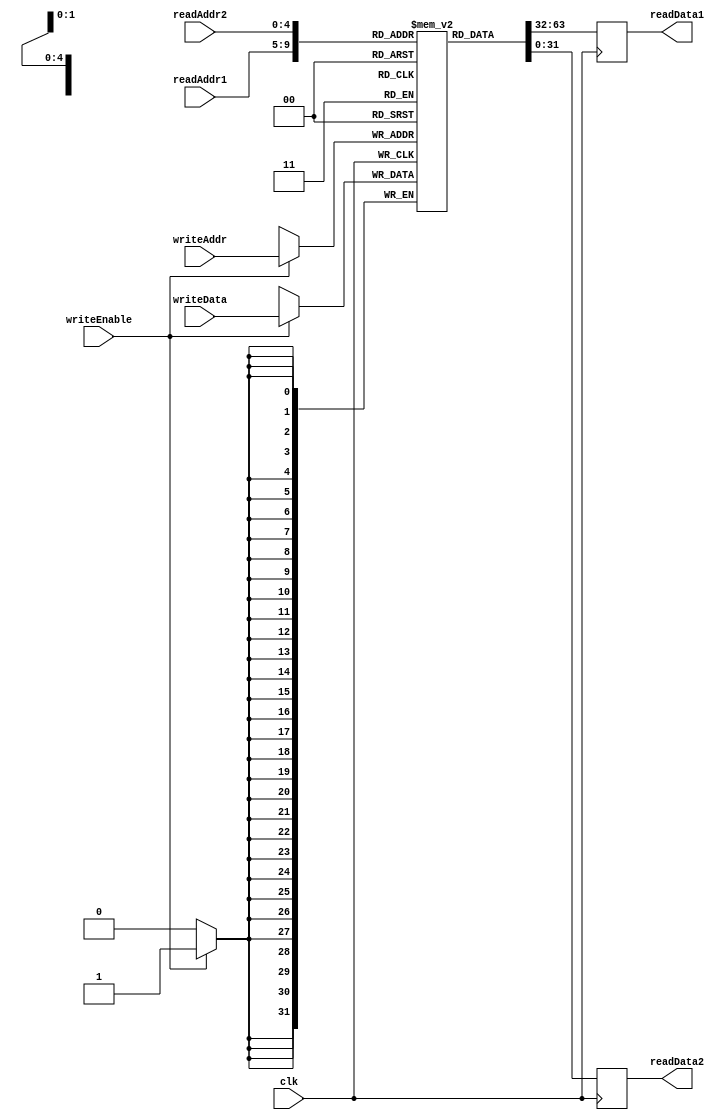
module RegisterFile (
    input wire clk,
    input wire [4:0] readAddr1,
    input wire [4:0] readAddr2,
    input wire [4:0] writeAddr,
    input wire [31:0] writeData,
    input wire writeEnable,
    output reg [31:0] readData1,
    output reg [31:0] readData2
);

reg [31:0] mem [0:31]; // Memory blocks to store register values

always @(posedge clk) begin
    if (writeEnable) begin
        mem[writeAddr] <= writeData;
    end
    readData1 <= mem[readAddr1];
    readData2 <= mem[readAddr2];
end

endmodule